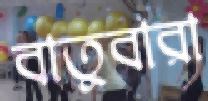
বাতুবারা